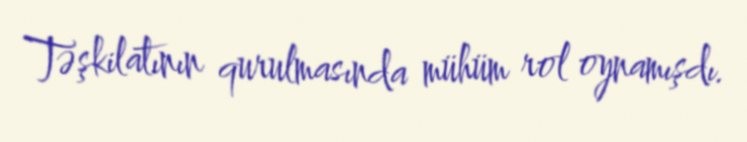
Təşkilatının qurulmasında mühüm rol oynamışdı.